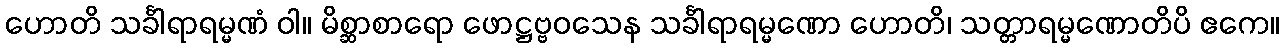
ဟောတိ သင်္ခါရာရမ္မဏံ ဝါ။ မိစ္ဆာစာရော ဖောဋ္ဌဗ္ဗဝသေန သင်္ခါရာရမ္မဏော ဟောတိ၊ သတ္တာရမ္မဏောတိပိ ဧကေ။